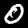
Digit: 0